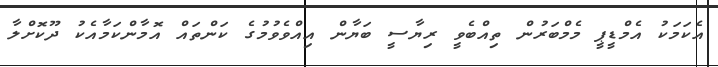
އެކަމަކު އެމްޑީޕީ މެމްބަރުން ތިއްބެވީ ރިޔާސީ ބަޔާން އިއްވެވުމުގެ ކަންތައް އޮމާންކަމާއެކު ދޫކޮށްލާ